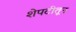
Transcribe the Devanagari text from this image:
शेपटीतून